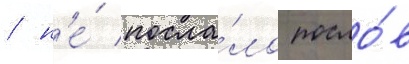
/ н'е́ посла́ло посло́в